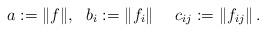
LaTeX: \begin{align*}a := \|f\|, \ \ b_i := \|f_i\| \ \ \ \ c_{ij} := \|f_{ij}\|\, . \end{align*}